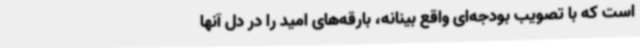
است که با تصویب بودجه‌ای واقع بینانه، بارقه‌های امید را در دل آنها